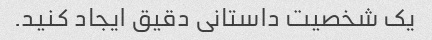
یک شخصیت داستانی دقیق ایجاد کنید.